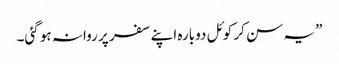
” یہ سن کر کوئل دوبارہ اپنے سفر پر روانہ ہو گئی۔